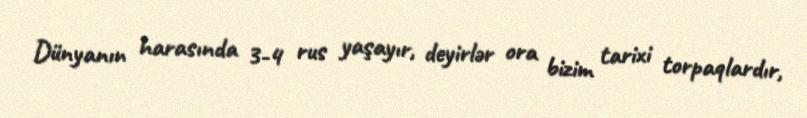
Dünyanın harasında 3-4 rus yaşayır, deyirlər ora bizim tarixi torpaqlardır,